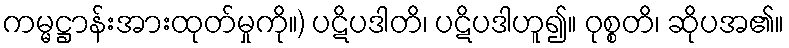
ကမ္မဋ္ဌာန်းအားထုတ်မှုကို။) ပဋိပဒါတိ၊ ပဋိပဒါဟူ၍။ ဝုစ္စတိ၊ ဆိုပအ၏။